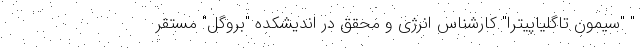
" "سیمون تاگلیاپیترا" کارشناس انرژی و محقق در اندیشکده "بروگل" مستقر